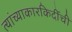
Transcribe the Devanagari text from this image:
त्यांच्याकारकिर्दीची